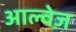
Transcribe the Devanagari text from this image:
आल्वेज़